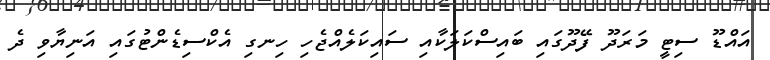
އައްޑޫ ސިޓީ މަރަދޫ ފޭދޫގައި ބައިސްކަލަކާއި ސައިކަލެއްޖެހި ހިނގި އެކްސިޑެންޓުގައި އަނިޔާވި ދެ